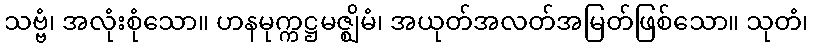
သဗ္ဗံ၊ အလုံးစုံသော။ ဟနမုက္ကဋ္ဌမဇ္ဈိမံ၊ အယုတ်အလတ်အမြတ်ဖြစ်သော။ သုတံ၊